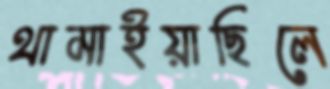
থামাইয়াছিলে